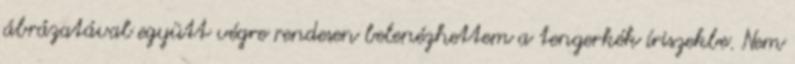
ábrázatával együtt végre rendesen belenézhettem a tengerkék íriszekbe. Nem